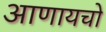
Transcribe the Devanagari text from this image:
आणायचो